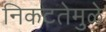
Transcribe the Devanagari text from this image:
निकटतेमुळे